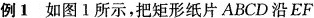
例1 如图1所示，把矩形纸片ABCD沿EF